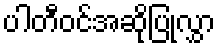
ပါတီဝင်အဆိုပြုလွှာ